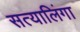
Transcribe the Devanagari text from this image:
सत्यालिंगा